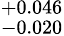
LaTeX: ^{+0.046}_{-0.020}